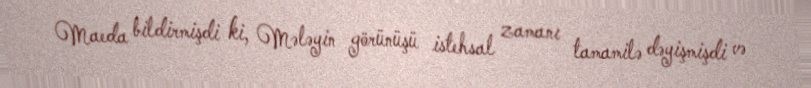
Maeda bildirmişdi ki, Mələyin görünüşü istehsal zamanı tamamilə dəyişmişdi və